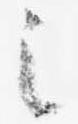
之